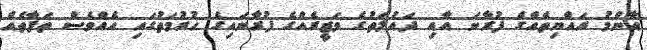
އާންމު ރައްޔިތެއްގެ ފުރާނަ އާއި ދައުލަތުގެ ވަޒީރެއްގެ ފުރާނައިގެ ހުރުމަތުގައި އެއްވެސް ތަފާތެއް